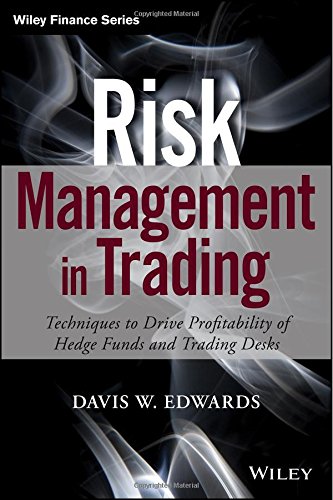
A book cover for Risk Management in Trading: Techniques to Drive Profitability of Hedge Funds and Trading Desks (Wiley Finance); Davis Edwards; Business & Money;